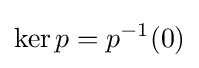
\ker p=p^{-1}(0)